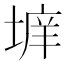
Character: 𱗗